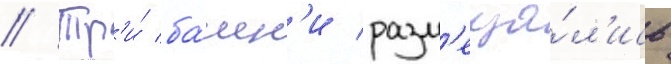
// Тр'и́ ба́шн'и разм'еща́л'ись